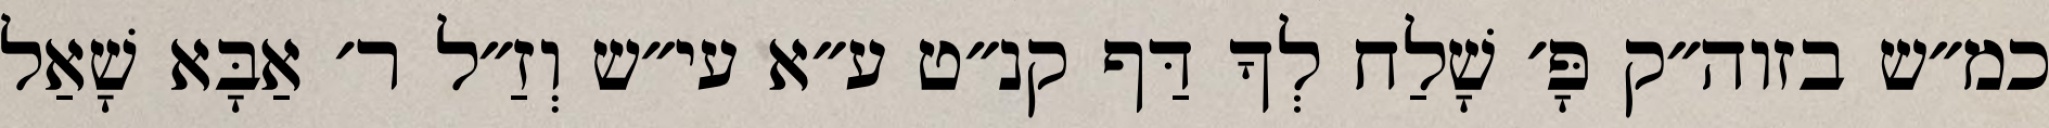
כמ״ש בזוה״ק פָּ׳ שָׁלַח לְךָ דַּף קנ״ט ע״א עי״ש וְזַ״ל ר׳ אַבָּא שָׁאַל